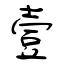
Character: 壹